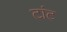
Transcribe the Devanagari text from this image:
टांट